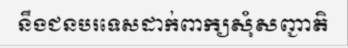
នឹងជនបរទេសដាក់ពាក្យសុំសញ្ជាតិ